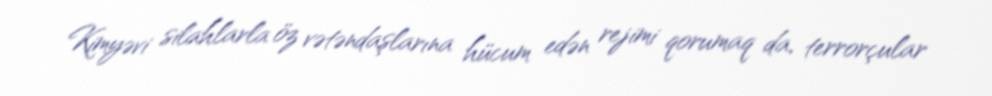
Kimyəvi silahlarla öz vətəndaşlarına hücum edən rejimi qorumaq da, terrorçular